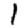
Digit: 1